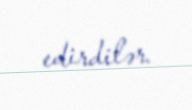
edirdilər.